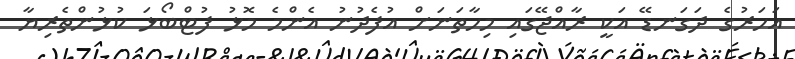
އަހަރުގެ ދަގަނޑޭ އަކީ ރާއްޖޭގައި މިހާތަނަށް އުފެދުނު އެންމެ މޮޅު ފުޓްބޯޅަ ކުޅުންތެރިޔާ